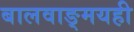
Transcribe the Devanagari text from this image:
बालवाङ्‌मयही